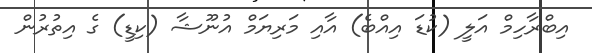
އިބްރާހިމް އަލީ (ކުޑަ އިއްބެ) އާއި މަރިޔަމް އުނޫޝާ (ކިޑީ) ގެ އިތުރުން